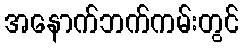
အနောက်ဘက်ကမ်းတွင်